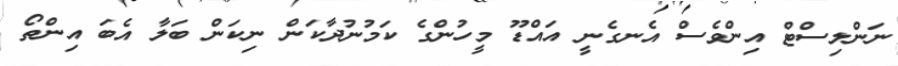
ނަންލިސްޓް އިންވެސް އެނގެނީ އައްޑޫ މީހުންގެ ކަމުނުދާކަން ނިކަން ބަލާ އެބަ އިންތޯ